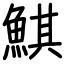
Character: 鯕